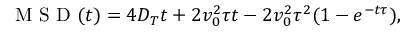
\textnormal { M S D } ( t ) = 4 D _ { T } t + 2 v _ { 0 } ^ { 2 } \tau t - 2 v _ { 0 } ^ { 2 } \tau ^ { 2 } ( 1 - e ^ { - t \tau } ) ,